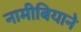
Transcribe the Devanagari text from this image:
नामीबियाने